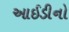
આઈડીનો